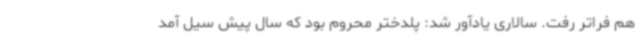
هم فراتر رفت. سالاری یادآور شد: پلدختر محروم بود که سال پیش سیل آمد